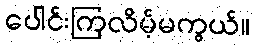
ပေါင်းကြလိမ့်မကွယ်။